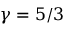
\gamma = 5 / 3